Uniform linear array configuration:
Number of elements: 64
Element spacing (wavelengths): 0.5
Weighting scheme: cosine
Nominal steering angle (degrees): -15
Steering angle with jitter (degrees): -16.501
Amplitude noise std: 0.05
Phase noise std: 0.05

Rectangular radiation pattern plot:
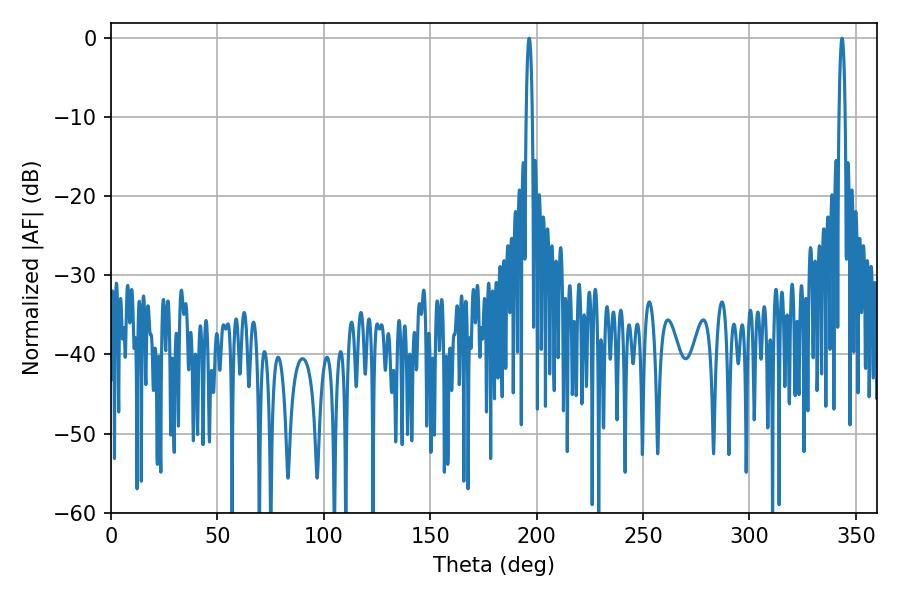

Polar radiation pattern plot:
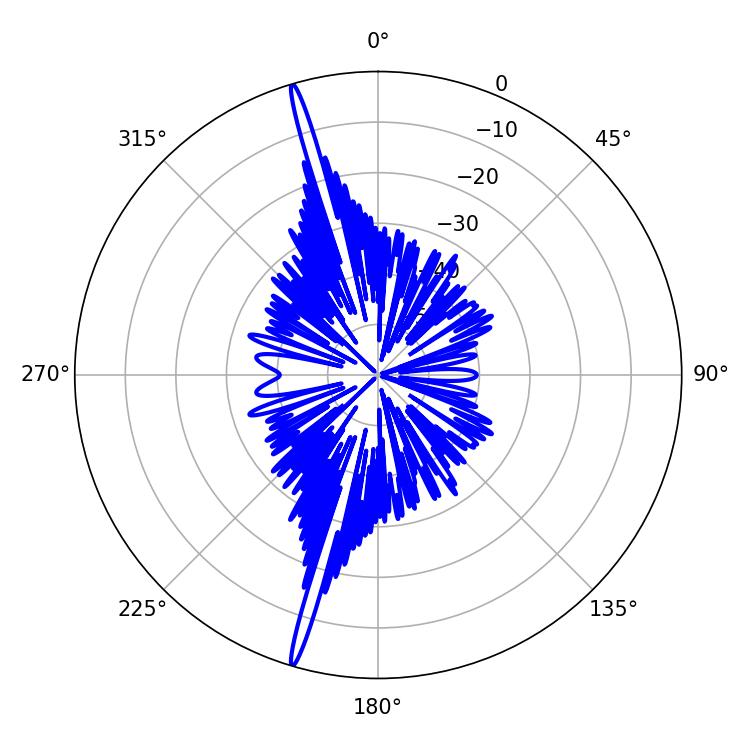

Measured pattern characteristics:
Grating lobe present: FALSE
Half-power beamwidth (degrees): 1.62
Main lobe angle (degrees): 343.44